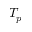
T _ { p }